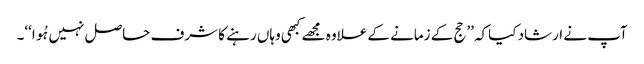
آپ نے ارشاد کیاکہ ’’حج کے زمانے کے علاوہ مجھے کبھی وہاں رہنے کا شرف حاصل نہیں ہُوا‘‘۔